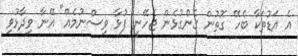
އެ އަޑުތަކާ ބެހޭ ގޮތުން ގެންގުޅެން ޖެހޭނީ ފުޅާ ވިސްނުމެއް" އޭނާ ވިދާޅުވި